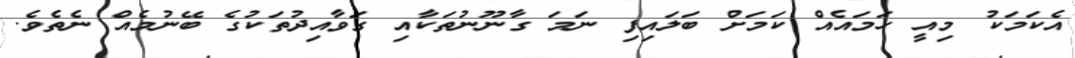
އެކަމަކު މިއީ ހަމައެއް ކަމަށް ބަލައިފި ނަމަ ގާނޫނުތަކާއި ގަވާއިދުތަކުގެ ބޭނުމެއް ނެތެވެ.